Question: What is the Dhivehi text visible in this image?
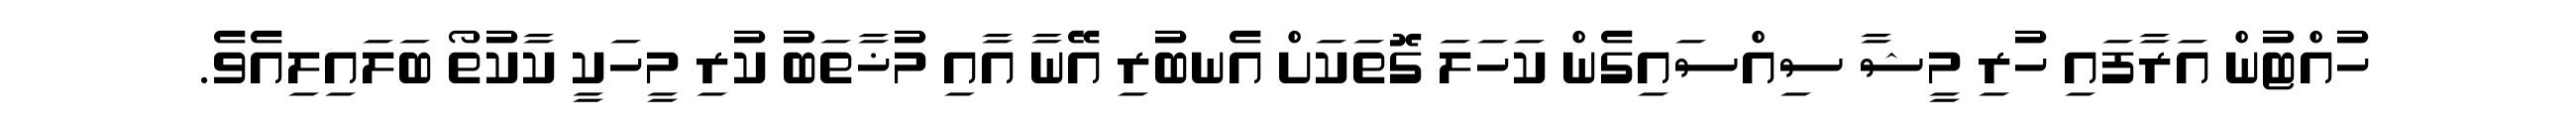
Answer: ހުއްޓުން އަރާފައި ހުރި މީޝާ ސިއްސައިގެން ކަހަލަ ގޮތަކަށް އެނބުރި އޭނާ އާއި މުޚާތަބު ކުރި މީހަކީ ކާކުތޯ ބަލައިލިއެވެ.